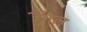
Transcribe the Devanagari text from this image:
प्रेगेल